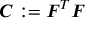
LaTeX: { \boldsymbol { C } } : = { \boldsymbol { F } } ^ { T } { \boldsymbol { F } }